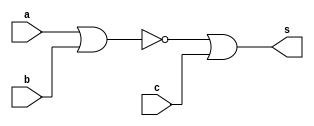
//-------------------------------
//Guia 01 .
//Larissa Fernades Leijoto-410476
//-------------------------------


//------------------------------
// --NOR gate----
//------------------------------

module norgate (s,a,b,c);
output s;
input a,b,c;

assign s = ~( a | b) | c;

endmodule // norgate

//-----------------------------
//--Teste NOR gate
//-----------------------------

module testnorgate;
 reg   a, b, c;
 wire  s;
          // instancia
 norgate NOR1 (s, a, b, c);
 
          // parte principal
 initial begin
      $display("Guia01/Exercicio2 - Larissa Fernandes Leijoto - 410476");
      $display("Test NOR gate");
      $display("\na | b | c = s\n");
      a=0; b=0;c=0;
  #1  $display("%b | %b | %b = %b", a, b, c, s);
      a=0; b=0;c=1;
  #1  $display("%b | %b | %b = %b", a, b, c, s);
      a=0; b=1;c=0;
  #1  $display("%b | %b | %b = %b", a, b, c, s);
      a=0; b=1;c=1;
  #1  $display("%b | %b | %b = %b", a, b, c, s);
      a=1;b=0;c=0;
  #1  $display("%b | %b | %b = %b", a, b, c, s);
      a=1; b=0;c=1;
  #1  $display("%b | %b | %b = %b", a, b, c, s);
      a=1; b=1;c=0;
  #1  $display("%b | %b | %b = %b", a, b, c, s);
      a=1; b=1;c=1;
  #1  $display("%b | %b | %b = %b", a, b, c, s);
   end

endmodule // testnorgate